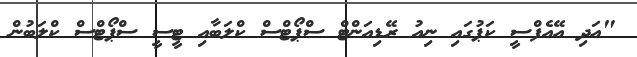
"އަދި އޭއެފްސީ ކަޕުގައި ނިއު ރޭޑިއަންޓް ސްޕޯޓްސް ކްލަބާއި ޓީސީ ސްޕޯޓްސް ކްލަބުން